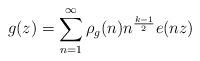
LaTeX: \begin{align*}g(z) = \sum_{n=1}^\infty \rho_g(n)n^{\frac{k-1}{2}}e(nz)\end{align*}